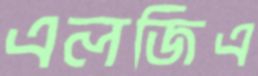
এলজিএ